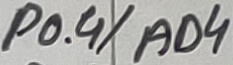
Text: P0.4/AD4